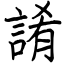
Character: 誵